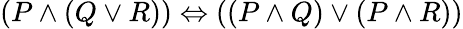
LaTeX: (P\land(Q\lor R))\Leftrightarrow((P\land Q)\lor(P\land R))